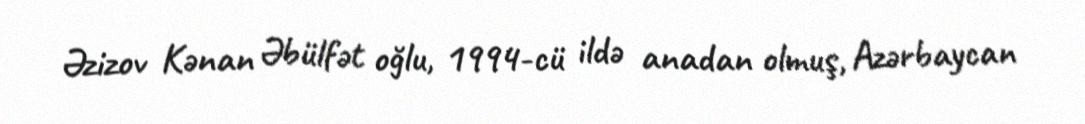
Əzizov Kənan Əbülfət oğlu, 1994-cü ildə anadan olmuş, Azərbaycan